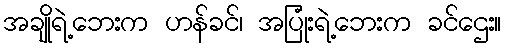
အချိုရဲ့ဘေးက ဟန်ခင်၊ အပြုံးရဲ့ဘေးက ခင်ဌေး။